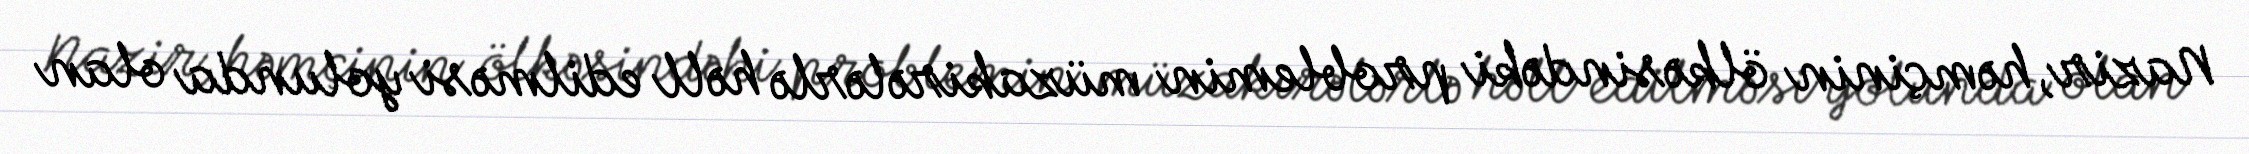
Nazir, həmçinin ölkəsindəki problemin müzakirələrlə həll edilməsi yolunda olan